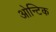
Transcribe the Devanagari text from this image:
ओन्टिक